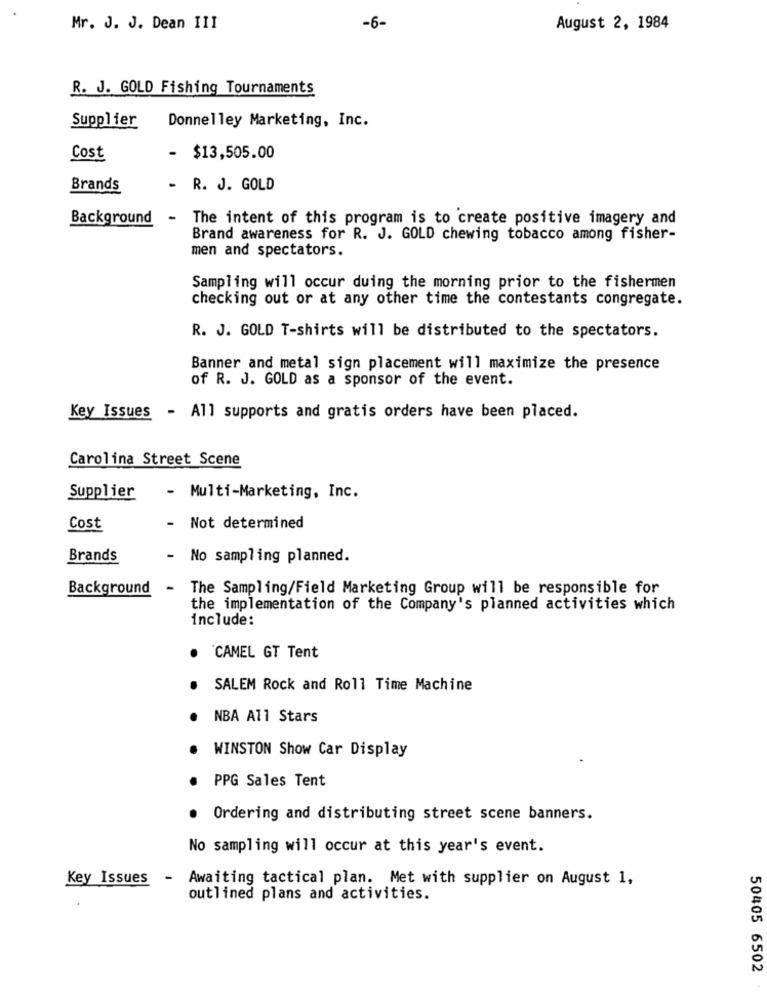
Mr. J. J. Dean III
-6-
August 2, 1984
R. J. GOLD Fishing Tournaments
Supplier
Donnelley Marketing, Inc.
Cost
-
$13,505.00
Brands
-
R. J. GOLD
Background
The intent of this program is to create positive imagery and
Brand awareness for R. J. GOLD chewing tobacco among fisher-
men and spectators.
Sampling will occur duing the morning prior to the fishermen
checking out or at any other time the contestants congregate.
R. J. GOLD T-shirts will be distributed to the spectators.
Banner and metal sign placement will maximize the presence
of R. J. GOLD as a sponsor of the event.
Key Issues - All supports and gratis orders have been placed.
Carolina Street Scene
Supplier
- Multi-Marketing, Inc.
Cost
- Not determined
Brands
- No sampling planned.
Background
- The Sampling/Field Marketing Group will be responsible for
the implementation of the Company's planned activities which
include:
CAMEL GT Tent
SALEM Rock and Roll Time Machine
NBA All Stars
WINSTON Show Car Display
PPG Sales Tent
. Ordering and distributing street scene banners.
No sampling will occur at this year's event.
Key Issues
-
Awaiting tactical plan. Met with supplier on August 1,
outlined plans and activities.
50405 6502